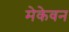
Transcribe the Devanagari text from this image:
मेकेवन